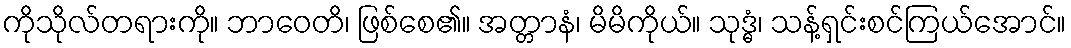
ကိုသိုလ်တရားကို။ ဘာဝေတိ၊ ဖြစ်စေ၏။ အတ္တာနံ၊ မိမိကိုယ်။ သုဒ္ဓံ၊ သန့်ရှင်းစင်ကြယ်အောင်။